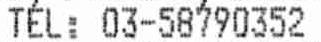
TEL: 03-58790352